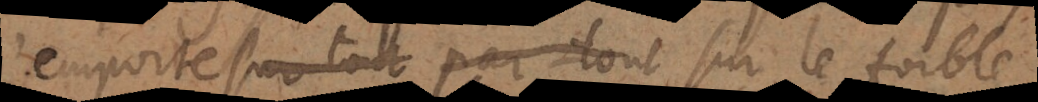
emporte sur tout par tout sur le foible,